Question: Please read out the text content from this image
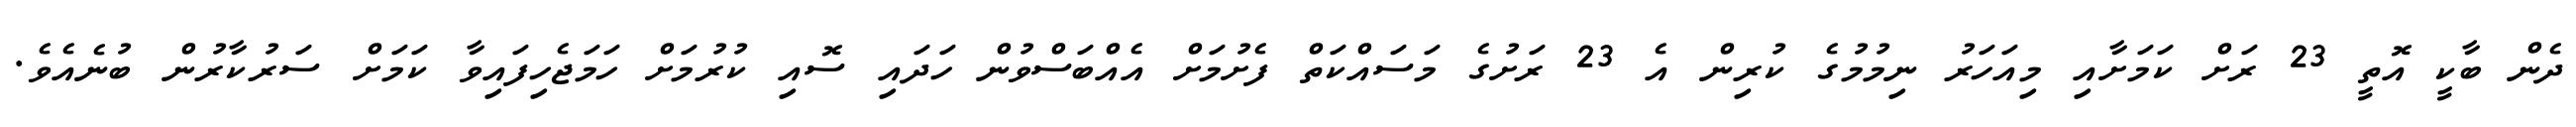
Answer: ދެން ބާކީ އޮތީ 23 ރަށް ކަމަށާއި މިއަހަރު ނިމުމުގެ ކުރިން އެ 23 ރަށުގެ މަސައްކަތް ފެށުމަށް އެއްބަސްވުން ހަދައި ސޮއި ކުރުމަށް ހަމަޖެހިފައިވާ ކަމަށް ސަރުކާރުން ބުނެއެވެ.